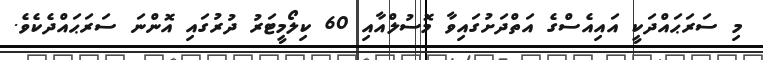
މި ސަރަޙައްދަކީ އައިއެސްގެ އަތްދަށުގައިވާ މޮސުލްއާއި 60 ކިލޯމީޓަރު ދުރުގައި އޮންނަ ސަރަޙައްދެކެވެ.